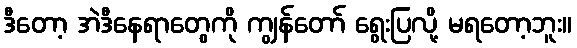
ဒီတော့ အဲဒီနေရာတွေကို ကျွန်တော် ရွေးပြလို့ မရတော့ဘူး။